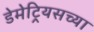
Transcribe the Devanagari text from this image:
डेमेट्रियसच्या